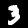
Label: 3